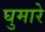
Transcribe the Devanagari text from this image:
घुमारे